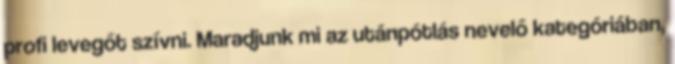
profi levegőt szívni. Maradjunk mi az utánpótlás nevelő kategóriában,